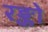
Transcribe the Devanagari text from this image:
रङ्को